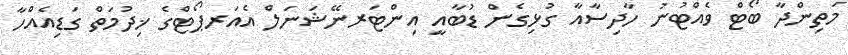
މަތިންދާ ބޯޓް ވެއްޓުނު ހާދިސާއާ ގުޅިގެން ޑުބާއީ އިންޓަރނޭޝަނަލް އެއަރޕޯޓްގެ ޚިދުމަތް ގަޑިއެއްހާ